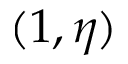
( 1 , \eta )